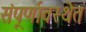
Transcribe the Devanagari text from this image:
संपूर्णावस्थेत